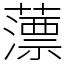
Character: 薸